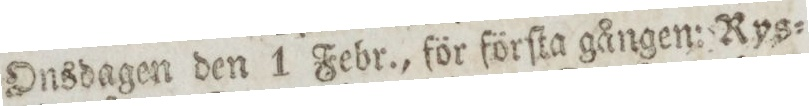
Onsdagen den 1 Febr., för förſta gången: Rys=